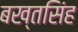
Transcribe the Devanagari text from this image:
बख्तसिंह